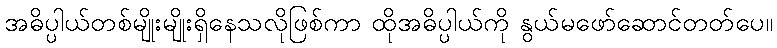
အဓိပ္ပါယ်တစ်မျိုးမျိုးရှိနေသလိုဖြစ်ကာ ထိုအဓိပ္ပါယ်ကို နွယ်မဖော်ဆောင်တတ်ပေ။